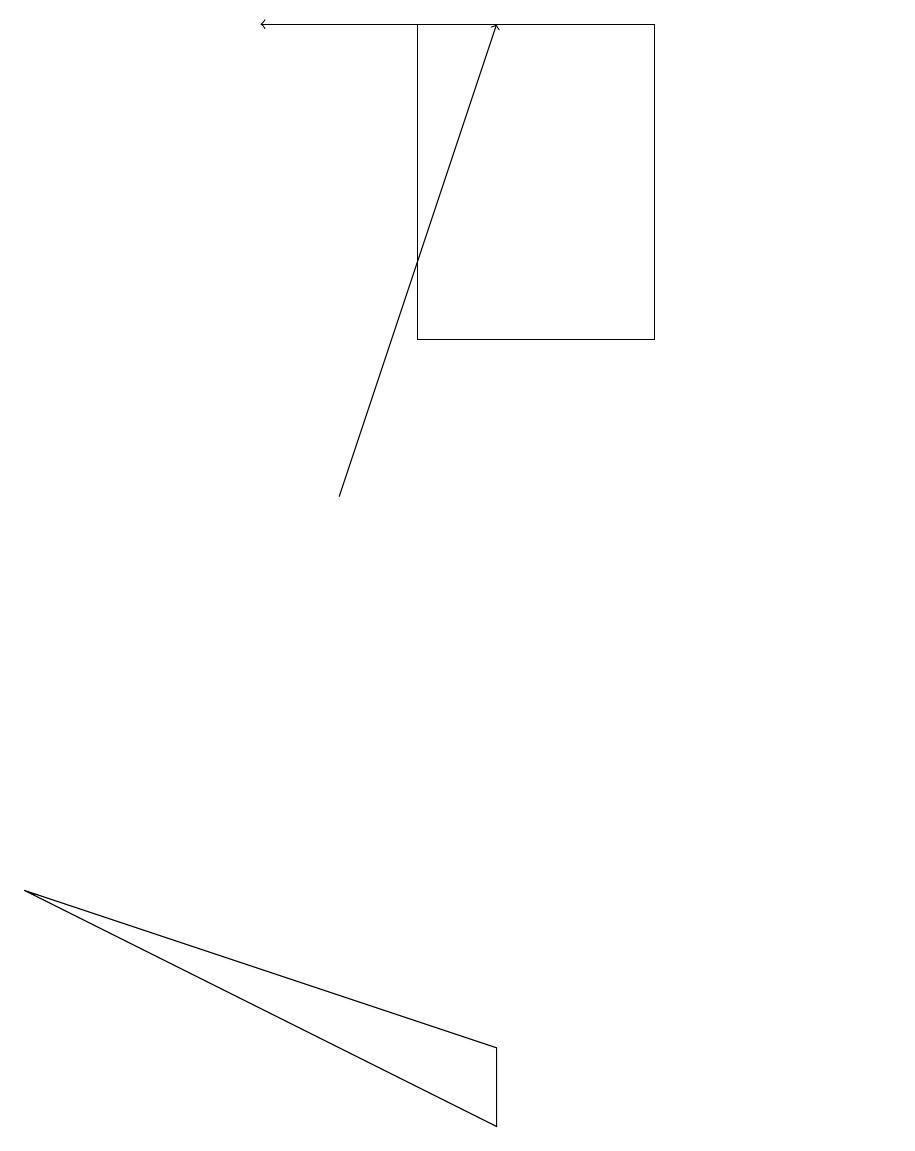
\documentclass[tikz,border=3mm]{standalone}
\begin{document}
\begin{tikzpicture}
\draw[->] (4,10) -- (6,16);
\draw (6,2) -- (0,5) -- (6,3) -- cycle;
\draw (11,10) circle (0);
\draw (5,12) rectangle (8,16);
\draw[->] (6,16) -- (3,16);
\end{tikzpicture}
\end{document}